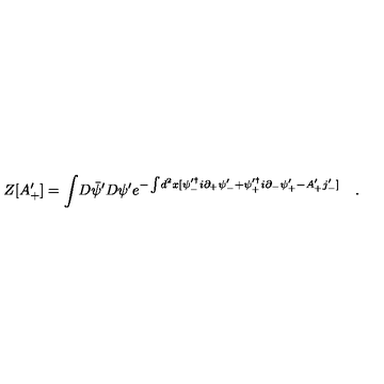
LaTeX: Z [ A _ { + } ^ { \prime } ] = \int \! D \bar { \psi } ^ { \prime } D \psi ^ { \prime } e ^ { - \int \! d ^ { 2 } x [ \psi _ { - } ^ { \prime \dag } i \partial _ { + } \psi _ { - } ^ { \prime } + \psi _ { + } ^ { \prime \dag } i \partial _ { - } \psi _ { + } ^ { \prime } - A _ { + } ^ { \prime } j _ { - } ^ { \prime } ] } \quad .